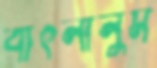
বাৎলালুম